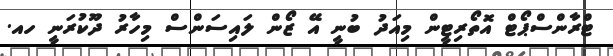
ޓްރާންސްޕޯޓް އޮތޯރިޓީން މިއަދު ބުނީ އޭ ޒޯން ލައިސަންސް މިހާރު ދޫކުރަނީ ހއ.